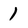
Character: 1